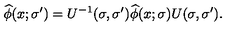
\widehat { \phi } ( x ; \sigma ^ { \prime } ) = U ^ { - 1 } ( \sigma , \sigma ^ { \prime } ) \widehat { \phi } ( x ; \sigma ) U ( \sigma , \sigma ^ { \prime } ) .